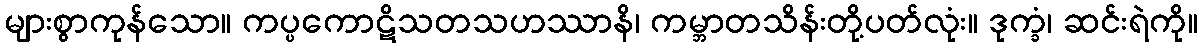
များစွာကုန်သော။ ကပ္ပကောဋိသတသဟဿာနိ၊ ကမ္ဘာတသိန်းတို့ပတ်လုံး။ ဒုက္ခံ၊ ဆင်းရဲကို။